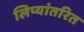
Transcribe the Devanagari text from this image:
लिप्यांतरित